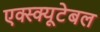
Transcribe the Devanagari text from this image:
एक्स्क्यूटेबल